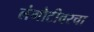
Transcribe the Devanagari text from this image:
लंगोटीवरचा